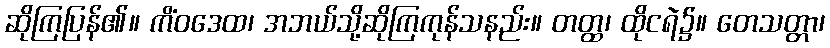
ဆိုကြပြန်၏။ ကိံဝဒေထ၊ အဘယ်သို့ဆိုကြကုန်သနည်း။ တတ္ထ၊ ထိုငရဲ၌။ တေသတ္တာ၊